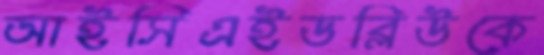
আইসিএইডব্লিউকে